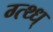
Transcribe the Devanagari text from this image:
ग्त्थ्ध्